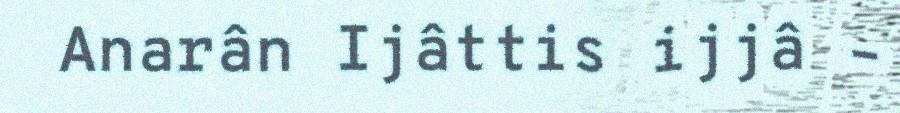
Anarân Ijâttis ijjâ –